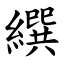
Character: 繏